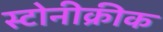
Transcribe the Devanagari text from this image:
स्टोनीक्रीक